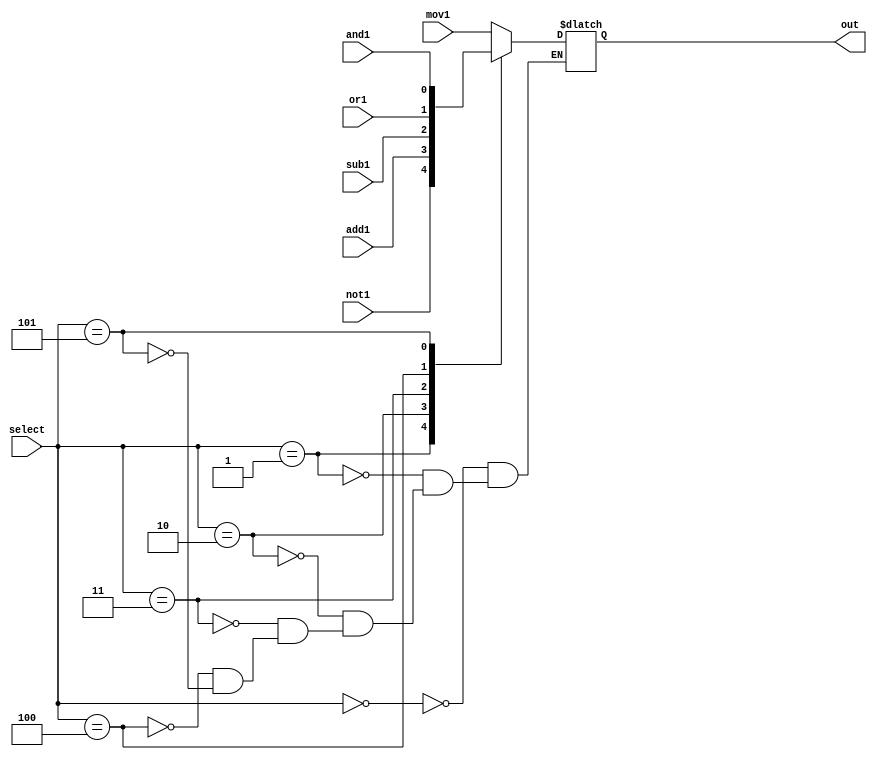
`timescale 1ns / 1ns
//////////////////////////////////////////////////////////////////////////////////
// Company: 
// Engineer: 
// 
// Design Name: 
// Module Name:    not_bit 
// Project Name: 
// Target Devices: 
// Tool versions: 
// Description: 
//
// Dependencies: 
//
// Revision: 
// Revision 0.01 - File Created
// Additional Comments: 
//
//////////////////////////////////////////////////////////////////////////////////

module ALU_mux(select, out, mov1, not1,add1,sub1,or1,and1);

	input mov1, not1,add1,sub1,or1,and1; 
	input [2:0] select;
	output reg out;    
	//based on the selection bit or instruction it choses which bit to return as the answer.
	
	always@(*)
	begin
	case(select)
	3'b000: out = mov1;
	3'b001: out = not1;
	3'b010: out = add1;
	3'b011: out = sub1;
	3'b100: out = or1;
	3'b101: out = and1;
	endcase
	end
	
endmodule